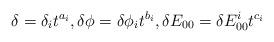
LaTeX: \begin{align*}\delta = \delta_{i} t^{a_i}, \delta\phi = \delta\phi_{i} t^{b_i}, \delta E_{00}= \delta E_{00}^i t^{c_i}\end{align*}